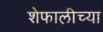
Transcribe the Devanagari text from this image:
शेफालीच्या